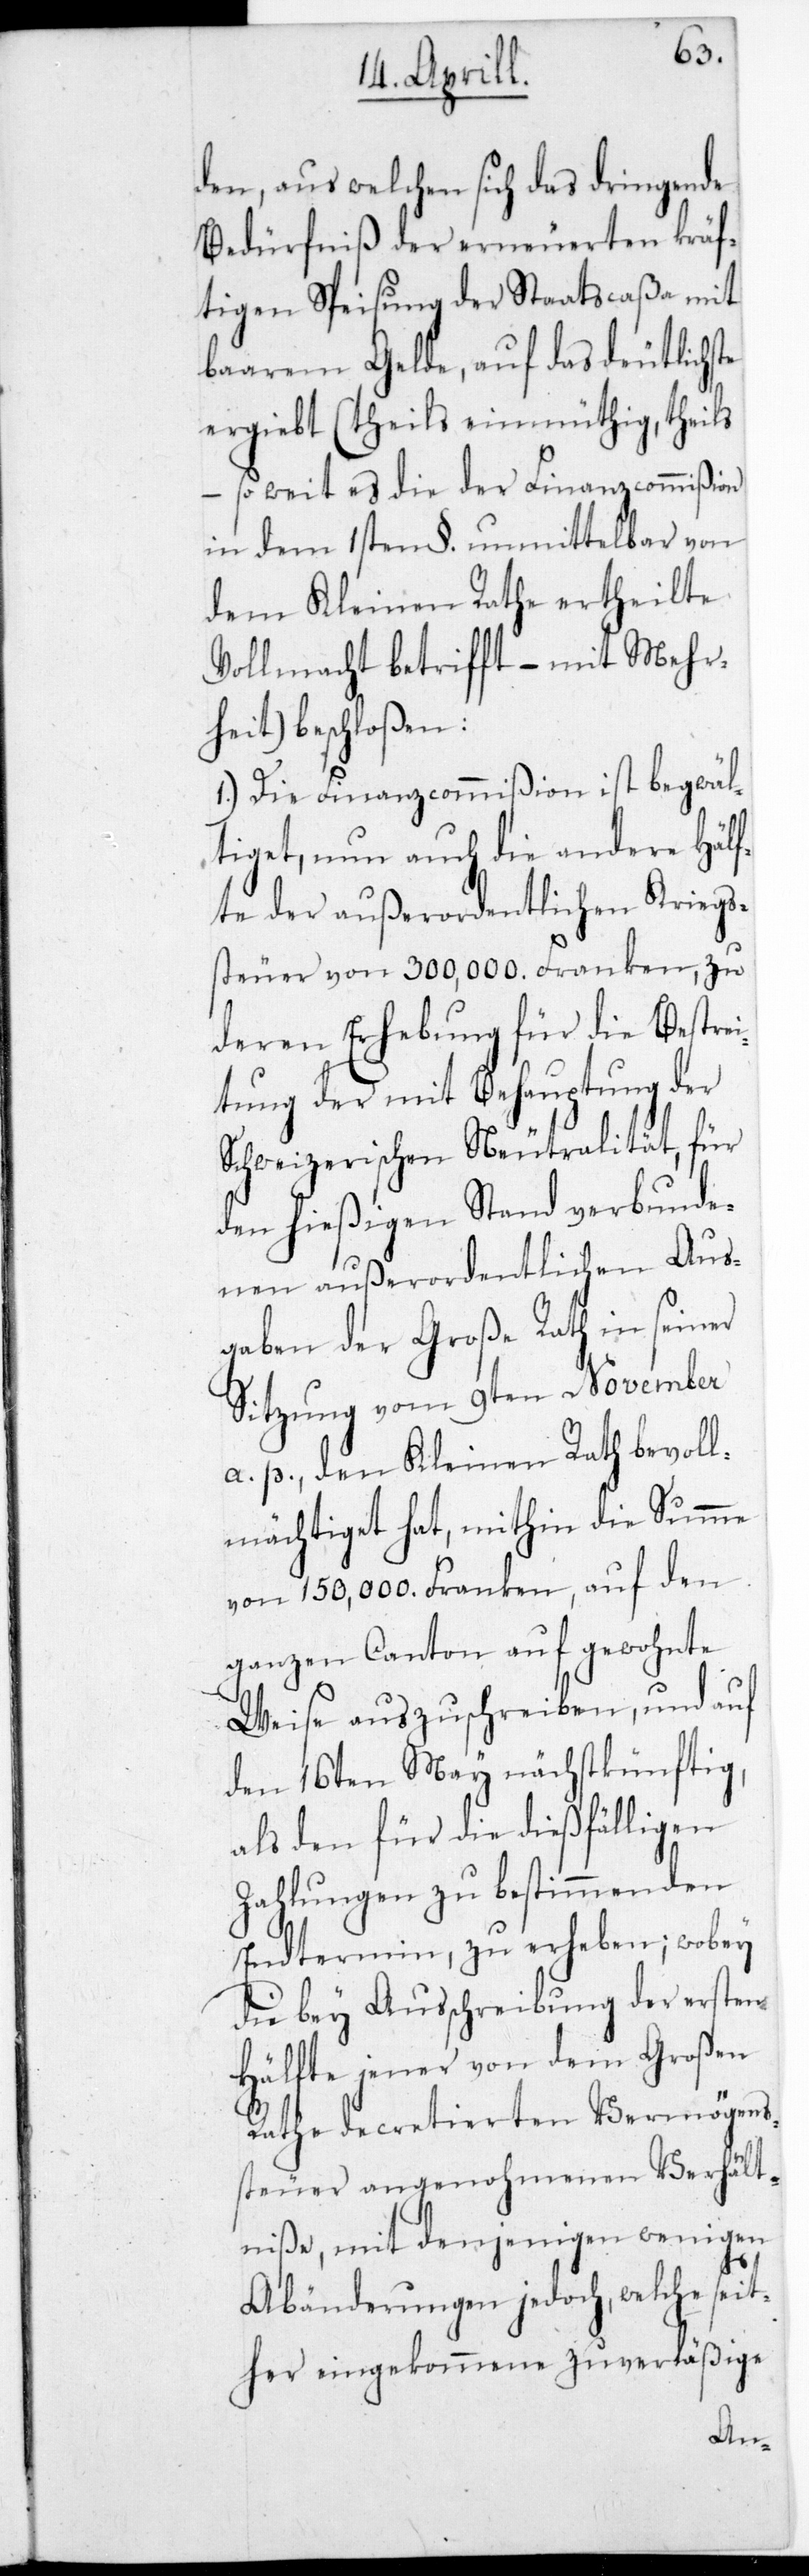
den, aus welchen sich das dringende
Bedürfniß der erneuereten kräf¬
tigen Speisung der Staatscaßa mit
baarem Gelde, auf das Deutlichste
ergibt, (theils einmüthig, theils
– so weit es die der Finanzcommißion
in dem 1sten §. unmittelbar von
dem Kleinen Rathe ertheilte
Vollmacht betrifft, – mit Mehr¬
heit) beschloßen:
1.) Die Finanzcommißion ist begwäl¬
tiget, nun auch die andere Hälf¬
te der außerordentlichen Kriegs¬
steuer von 300,000. Franken, zu
deren Erhebung für die Bestrei¬
tung der mit Behauptung der
Schweizerischen Neutralität, für
den hießigen Stand verbunde¬
nen außerordentlichen Aus¬
gaben der Große Rath in seiner
Sitzung vom 9ten November
a. p. den Kleinen Rath bevoll¬
mächtiget hat, mithin die Summe
von 150,000. Franken, auf den
ganzen Canton auf gewohnte
Weise auszuschreiben, und auf
den 16ten May nächstkünftig,
als den für die dießfälligen
Zahlungen zu bestimmenden
Endtermin, zu erheben; wobey
die bey Ausschreibung der ersten
Hälfte jener von dem Großen
Rate decretierten Vermögens¬
steuer angenohmenen Verhält¬
niße, mit denjenigen wenigen
Abänderungen jedoch, welche seit¬
her eingekommene zuverläßige